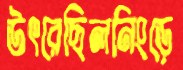
উৎরেছিলনিংড়ে